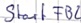
Text: Start FB2